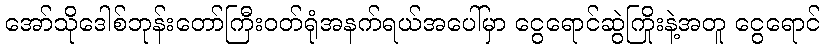
အော်သိုဒေါစ်ဘုန်းတော်ကြီးဝတ်ရုံအနက်ရယ်အပေါ်မှာ ငွေရောင်ဆွဲကြိုးနဲ့အတူ ငွေရောင်